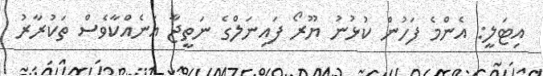
އިޓަލީ: އެންމެ ފަހުން ކުޅުނު ޔޫރޯ ފައިނަލްގެ ނަތީޖާ އަނެއްކާވެސް ތަކުރާރު